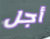
أجل